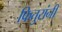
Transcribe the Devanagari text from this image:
फितुरांनी